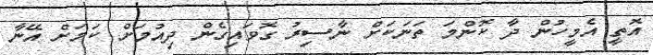
އޮތީ އެމީހުން ދާ ކޮންމަ ތަނަކަށް ނާސިރު ގޮވައިގެން ދިއުމަށް ކަމަށް އޭނާ